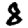
Digit: 8